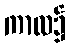
ကာလ၌